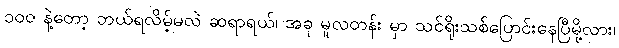
၁၀၀ နဲ့တော့ ဘယ်ရလိမ့်မလဲ ဆရာရယ်၊ အခု မူလတန်း မှာ သင်ရိုးသစ်ပြောင်းနေပြီမို့လား၊